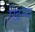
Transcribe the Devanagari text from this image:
खिन्च